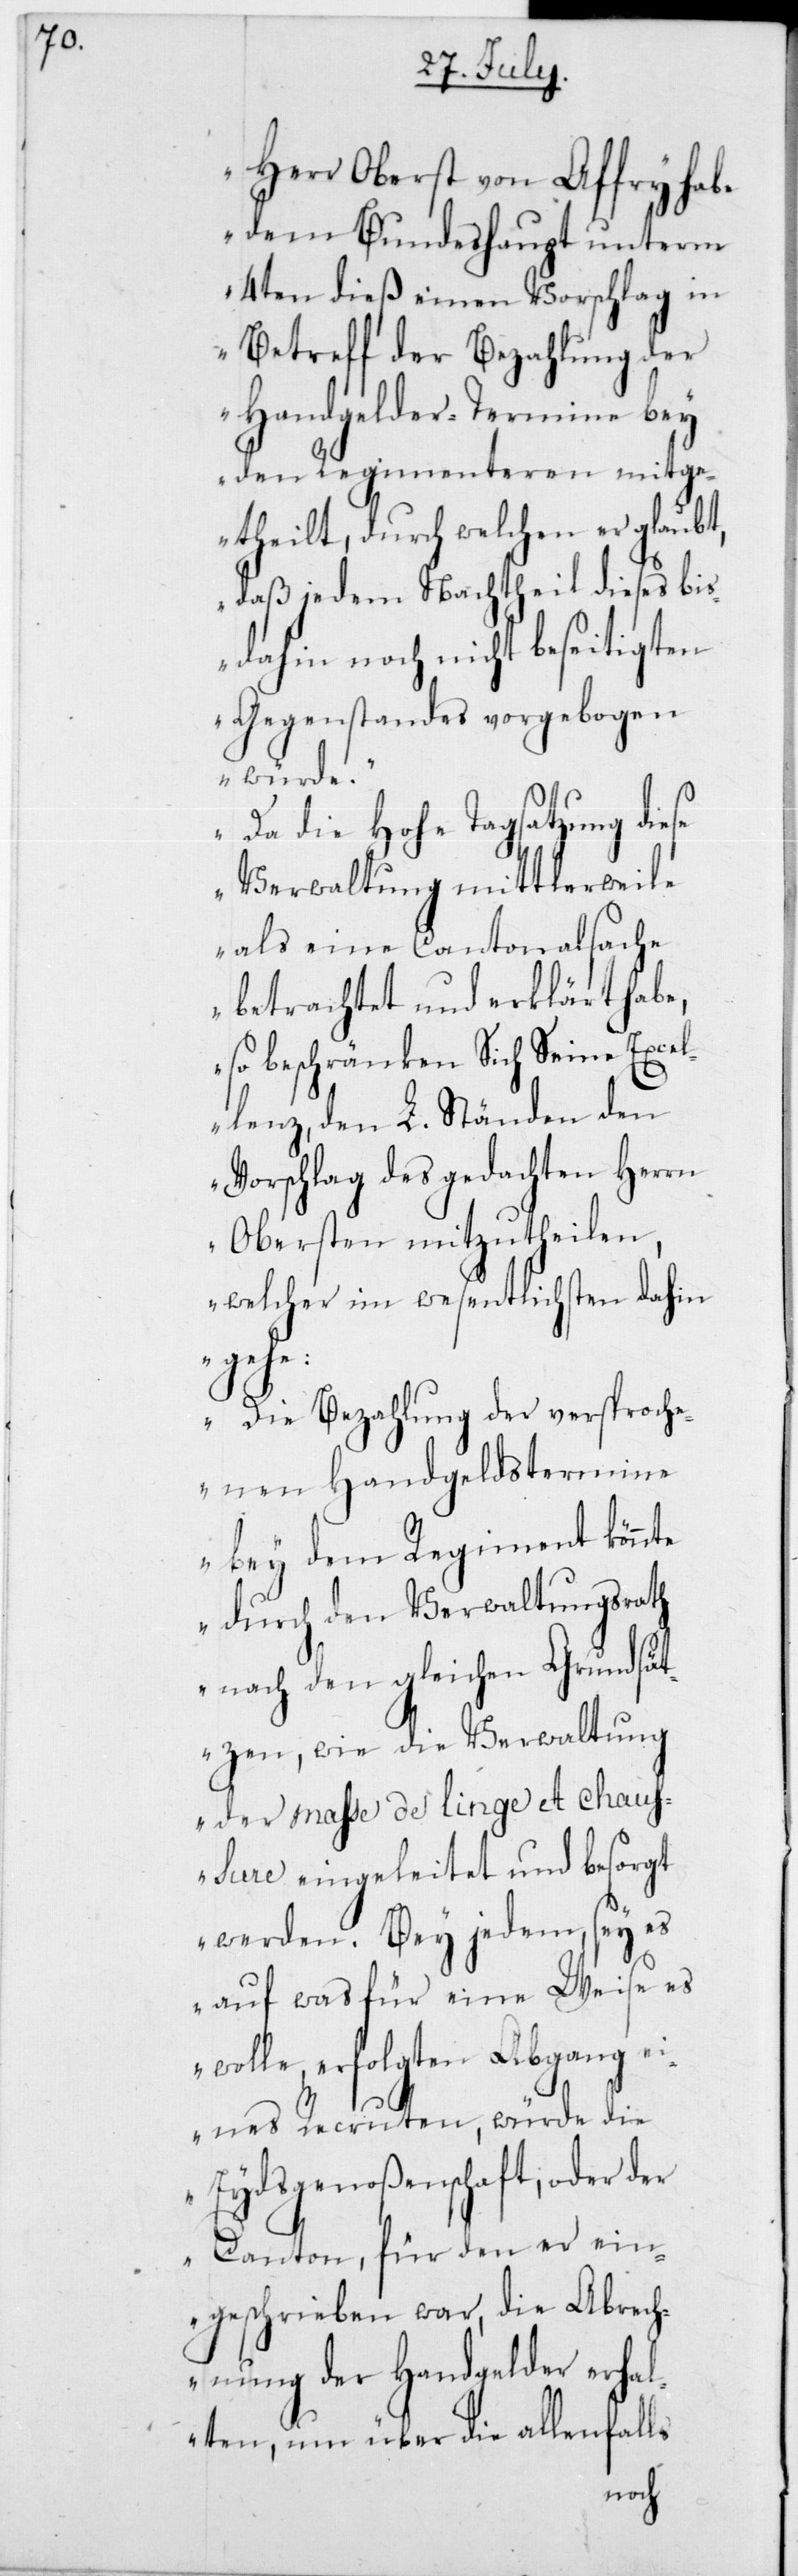
„Herr Oberst von Affry habe
dem Bundeshaupt unterm
4ten dieß einen Vorschlag in
Betreff der Bezahlung
der
Handgelder-Termi¬
rn
den Regimenteren mitg¬
etheilt, durch welchen er glaubt,
daß jedem Nachtheil dieses bis
dahin noch nicht beseitigten
Gegenstandes vorgebog¬
en würde.
Da die Hohe Tagsatzung diese
Verwaltung mittlerwe¬
als eine Cantonalsache
betrachtet und erklärt habe,
so beschränken sich Seine Exce¬
llenz, den L. Ständen den
Vorschlag des gedachten Her¬
Obersten mitzutheilen,
welcher im wesentlichsten dahin
lenfa¬
Die Bezahlung der versproche¬
nen Handgeldstermine
bey dem Regiment könnte
durch den Verwaltungsrath
nach den gleichen Grundsät¬
zen, wie die Verwaltung
der masse de linge et chau¬
ssure eingeleitet und besorgt
werden. Bey jedem, sey es
auf was für eine Weise es
wolle, erfolgten Abgang ei¬
nes Recruten, würde die
Eydsgenoßenschaft oder der
Canton, für den er ein¬
geschrieben war, die Abrech¬
nung der Handgelder erhal¬
lls
ten, um über die al¬